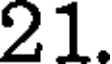
21.